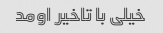
خیلی با تاخیر اومد